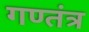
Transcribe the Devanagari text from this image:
गण्तंत्र